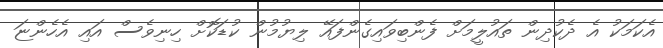
އެކަމަކު އެ ދެކުދިން ތައުލީމަށް ފެންބިވައިގެންފައޭ ލިޔުމުން ކުޑަކޮށް ހިނިވެސް އައި އެހެންޏަ